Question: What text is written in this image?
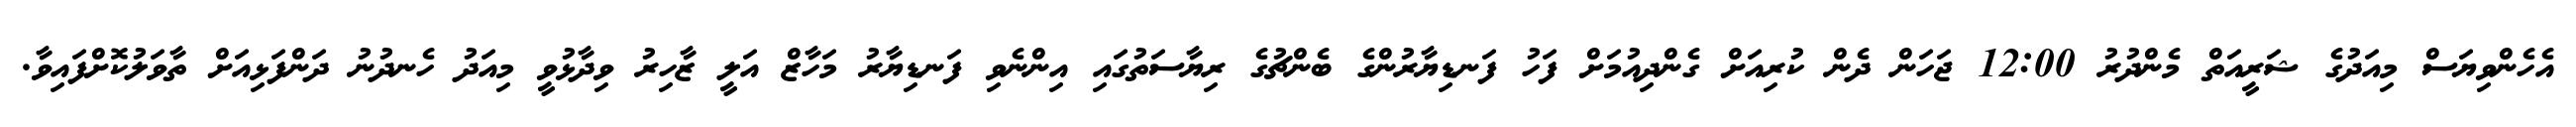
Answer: އެހެންވިޔަސް މިއަދުގެ ޝަރީއަތް މެންދުރު 12:00 ޖަހަން ދެން ކުރިއަށް ގެންދިއުމަށް ފަހު ފަނޑިޔާރުންގެ ބެންޗުގެ ރިޔާސަތުގައި އިންނެވި ފަނޑިޔާރު މަހާޒް އަލީ ޒާހިރު ވިދާޅުވީ މިއަދު ހެނދުނު ދަންފަޅިއަށް ތާވަލުކޮށްފައިވާ.